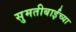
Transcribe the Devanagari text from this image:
सुमतीबाईंच्या